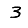
Digit: 3